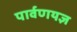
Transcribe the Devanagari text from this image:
पार्वणयज्ञ